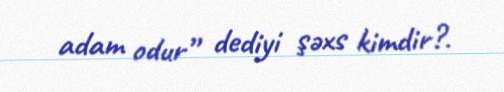
adam odur” dediyi şəxs kimdir?.